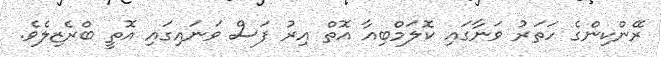
ރޭންކިންގެ ހަތަރު ވަނާގައި ކޮލަމްބިއާ އޮތް އިރު ފަސް ވަނައިގައި އޮތީ ބްރެޒިލެވެ.